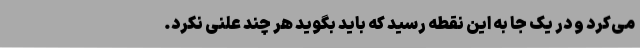
می‌کرد و در یک جا به این نقطه رسید که باید بگوید هر چند علنی نکرد.